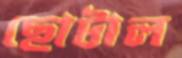
ছোটাল